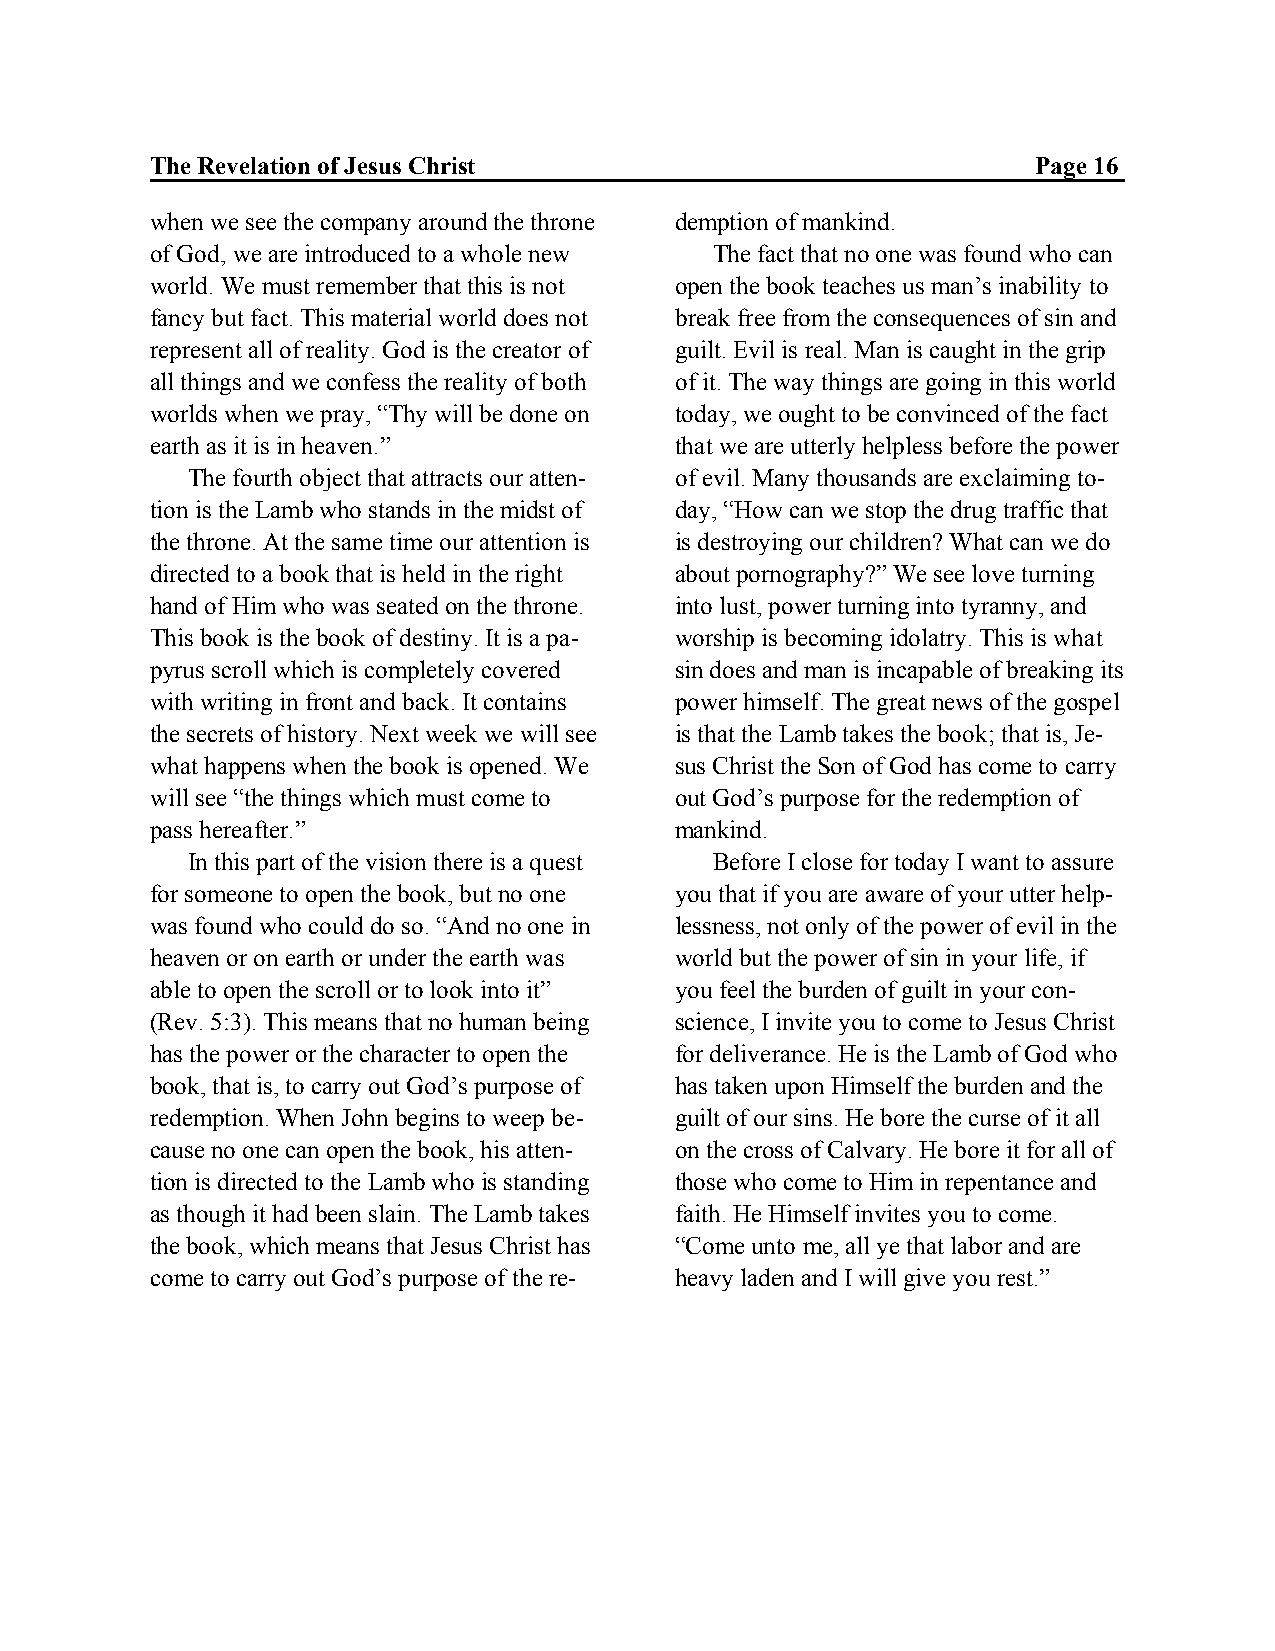
The Revelation of Jesus Christ                             Page 16
 when we see the company around the throne demption of mankind.
 of God, we are introduced to a whole new The fact that no one was found who can
 world. We must remember that this is not open the book teaches us man’s inability to
 fancy but fact. This material world does not break free from the consequences of sin and
 represent all of reality. God is the creator of guilt. Evil is real. Man is caught in the grip
 all things and we confess the reality of both of it. The way things are going in this world
 worlds when we pray, “Thy will be done on today, we ought to be convinced of the fact
 earth as it is in heaven.”         that we are utterly helpless before the power
 The fourth object that attracts our atten- of evil. Many thousands are exclaiming to-
 tion is the Lamb who stands in the midst of day, “How can we stop the drug traffic that
 the throne. At the same time our attention is is destroying our children? What can we do
 directed to a book that is held in the right about pornography?” We see love turning
 hand of Him who was seated on the throne. into lust, power turning into tyranny, and
 This book is the book of destiny. It is a pa- worship is becoming idolatry. This is what
 pyrus scroll which is completely covered sin does and man is incapable of breaking its
 with writing in front and back. It contains power himself. The great news of the gospel
 the secrets of history. Next week we will see is that the Lamb takes the book; that is, Je-
 what happens when the book is opened. We sus Christ the Son of God has come to carry
 will see “the things which must come to out God’s purpose for the redemption of
 pass hereafter.”                   mankind.
 In this part of the vision there is a quest Before I close for today I want to assure
 for someone to open the book, but no one you that if you are aware of your utter help-
 was found who could do so. “And no one in lessness, not only of the power of evil in the
 heaven or on earth or under the earth was world but the power of sin in your life, if
 able to open the scroll or to look into it” you feel the burden of guilt in your con-
 (Rev. 5:3). This means that no human being science, I invite you to come to Jesus Christ
 has the power or the character to open the for deliverance. He is the Lamb of God who
 book, that is, to carry out God’s purpose of has taken upon Himself the burden and the
 redemption. When John begins to weep be- guilt of our sins. He bore the curse of it all
 cause no one can open the book, his atten- on the cross of Calvary. He bore it for all of
 tion is directed to the Lamb who is standing those who come to Him in repentance and
 as though it had been slain. The Lamb takes faith. He Himself invites you to come.
 the book, which means that Jesus Christ has “Come unto me, all ye that labor and are
 come to carry out God’s purpose of the re- heavy laden and I will give you rest.”